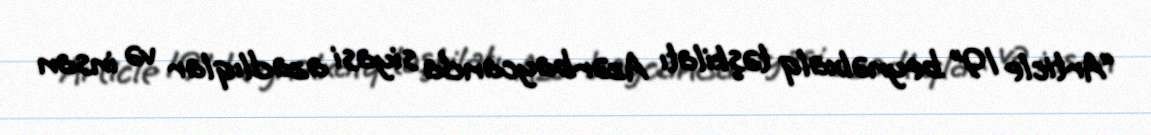
“Article 19” beynəlxalq təşkilatı Azərbaycanda siyasi azadlıqlar və insan